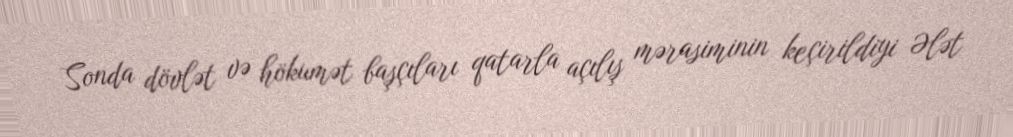
Sonda dövlət və hökumət başçıları qatarla açılış mərasiminin keçirildiyi Ələt